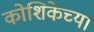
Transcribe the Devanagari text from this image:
कोशिकेच्या